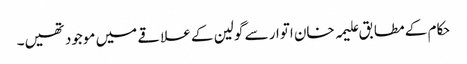
حکام کے مطابق علیمہ خان اتوار سے گولین کے علاقے میں موجود تھیں۔